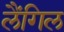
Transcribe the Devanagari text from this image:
लैंगिल